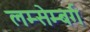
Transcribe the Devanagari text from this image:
लम्सेम्बर्ग